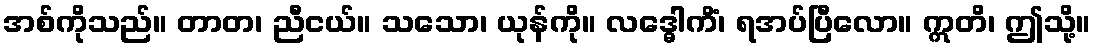
အစ်ကိုသည်။ တာတ၊ ညီငယ်။ သသော၊ ယုန်ကို။ လဒ္ဓေါကိံ၊ ရအပ်ပြီလော။ ဣတိ၊ ဤသို့။